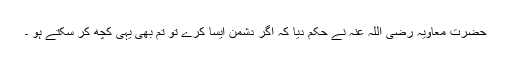
حضرت معاویہ رضی اللہ عنہ نے حکم دیا کہ اگر دشمن ایسا کرے تو تم بھی یہی کچھ کر سکتے ہو ۔